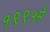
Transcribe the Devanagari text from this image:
१९९५मे